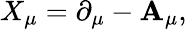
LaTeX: X_{\mu}=\partial_{\mu}-\mathbf{A}_{\mu},